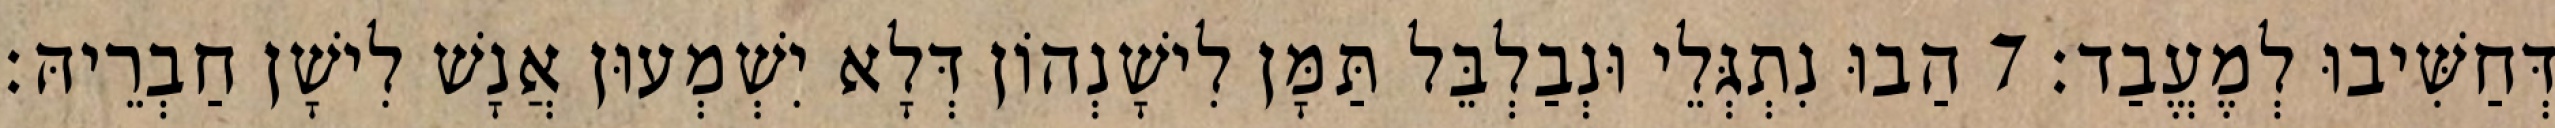
דְּחַשִּׁיבוּ לְמֶעֱבַד׃ 7 הַבוּ נִתְגְּלֵי וּנְבַלְבֵּל תַּמָּן לִישָׁנְהוֹן דְּלָא יִשְׁמְעוּן אֲנָשׁ לִישָׁן חַבְרֵיהּ׃